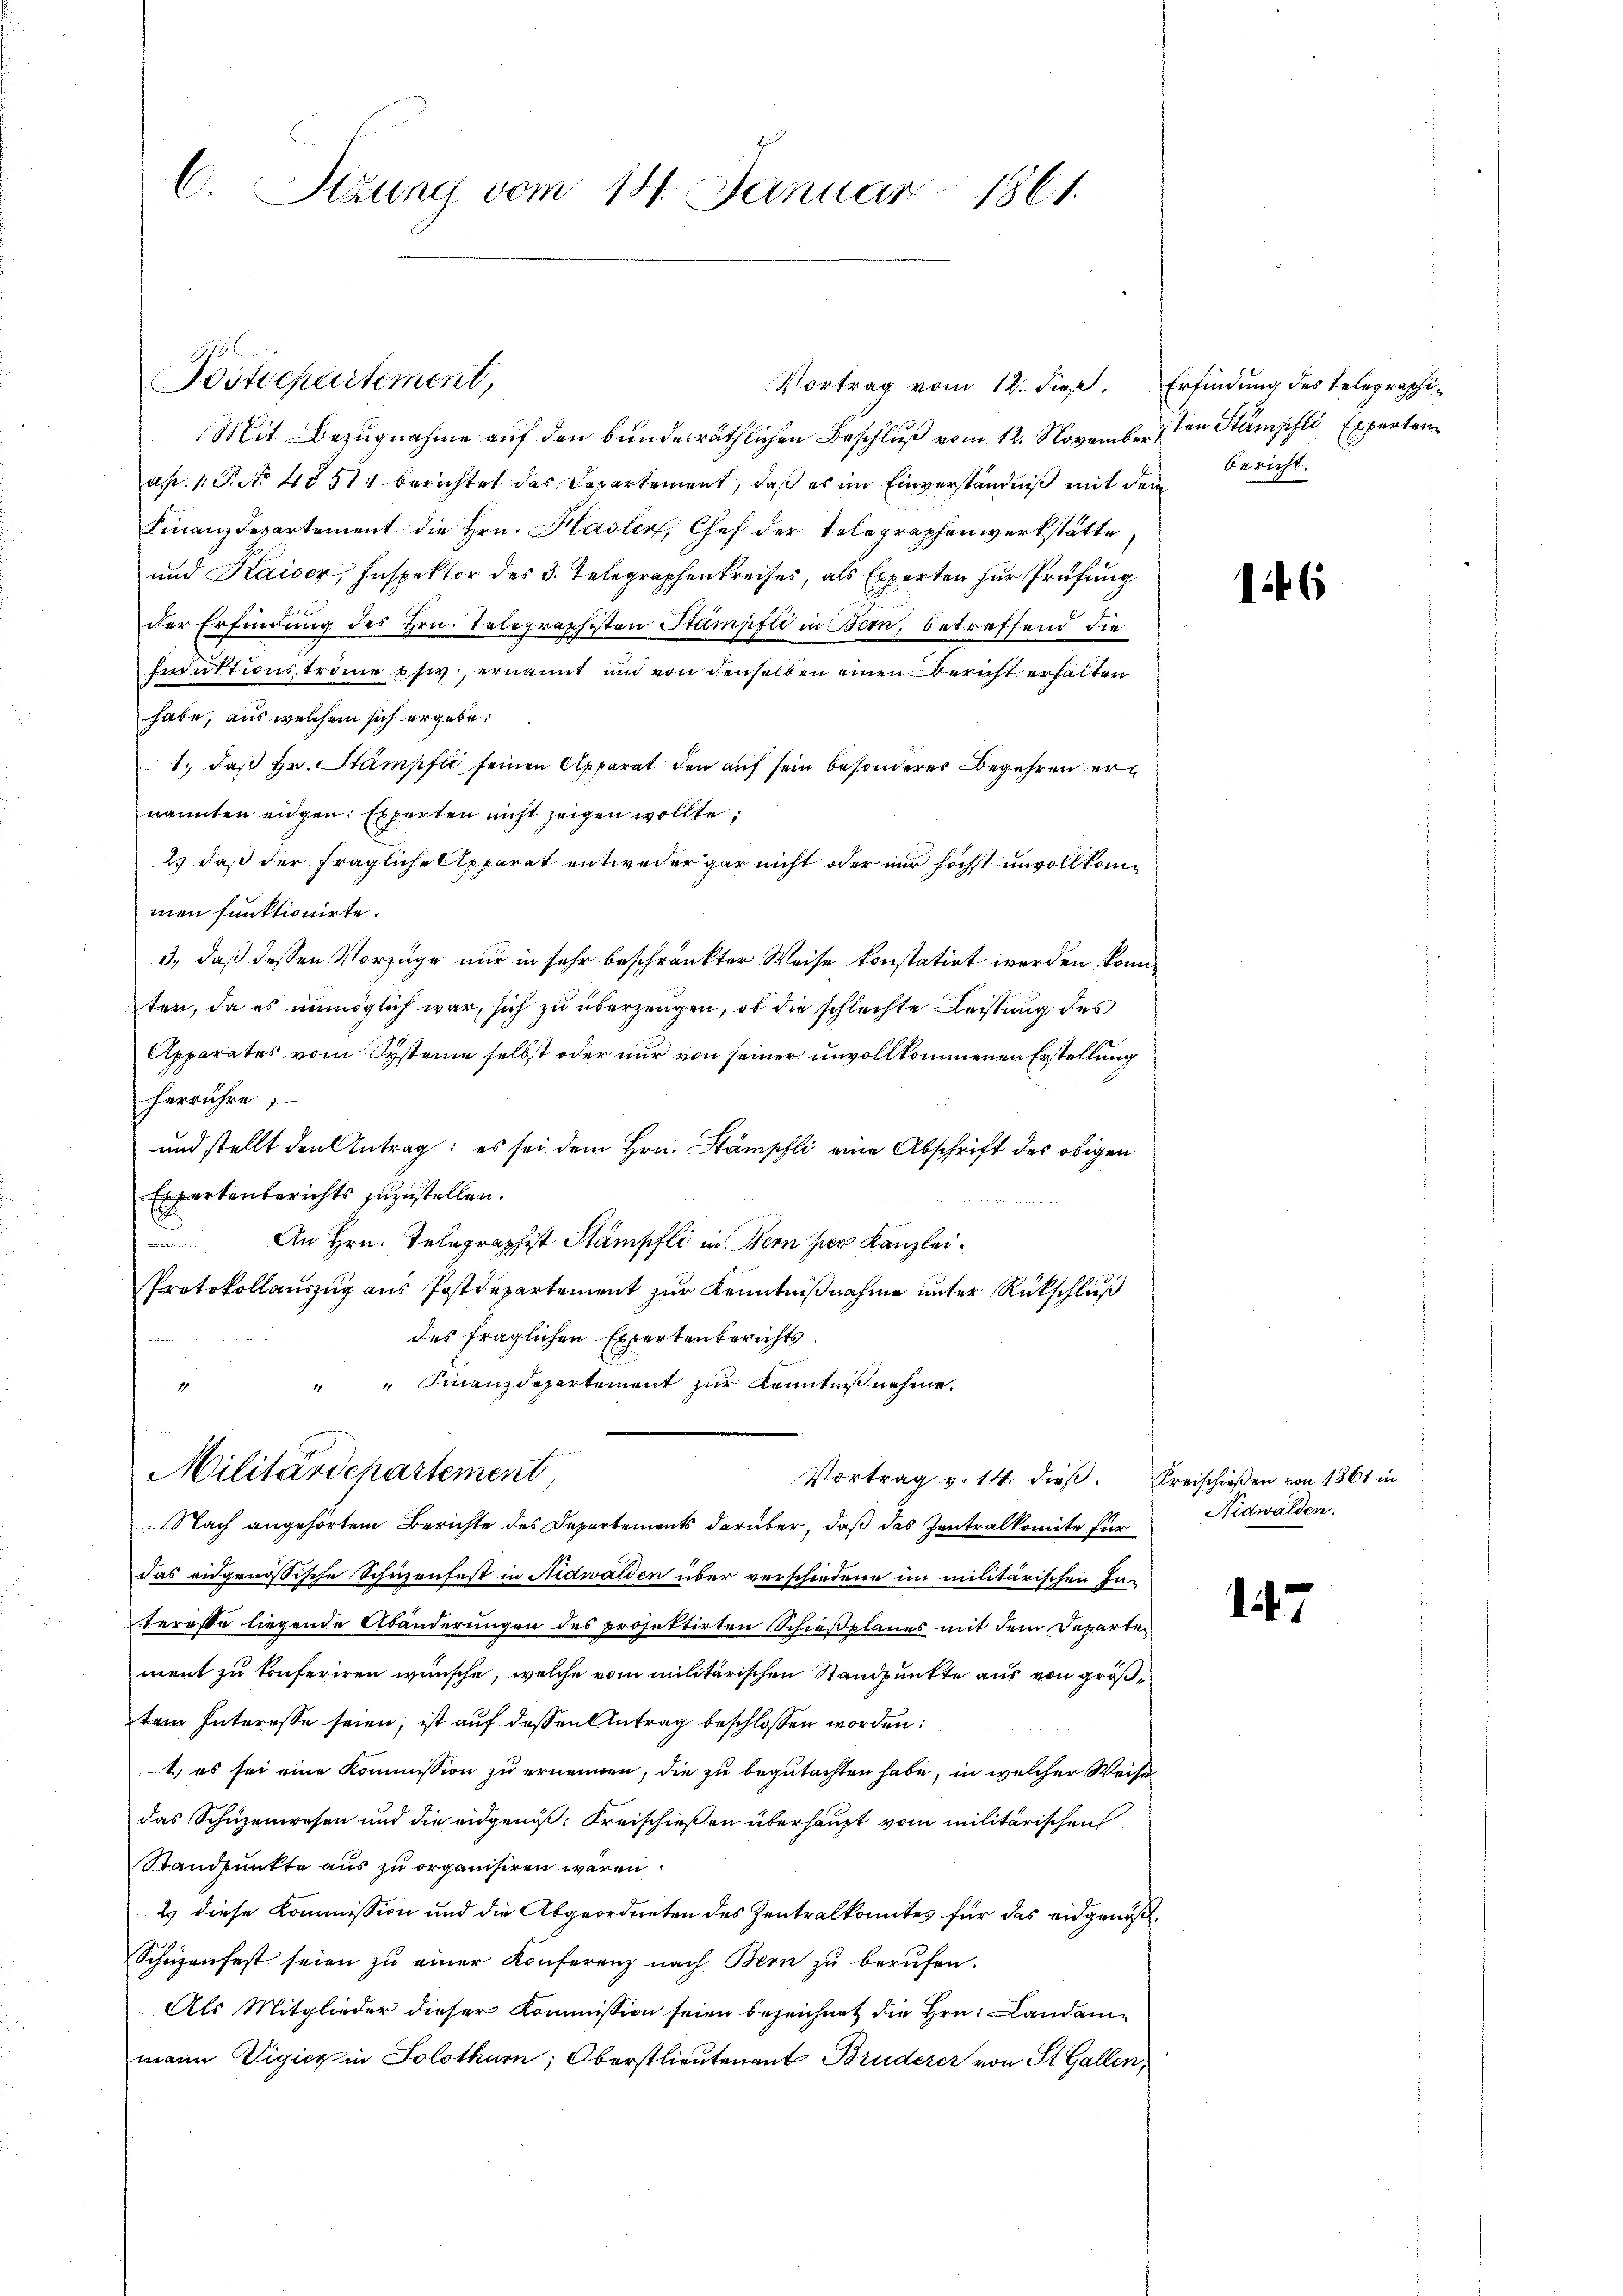
C. Sizung vom 14. Januar 1861.

Vortrag vom 12. dieß. Erfindung des Telegraphi¬
Mit Bezugnahme auf den bundesräthlichen Beschluß vom 12. November den Stämpfli, Experten
ap. 1. P. No 4851 berichtet das Departement, daß es im Einverständniß mit dem
Finanzdepartement die Hrn. Hasler, Chef der Telegraphenwerkstätte,
und Kaiser, Inspektor des 3. Telegraphenkreises, als Experten zur Prüfung
der Erfindung des Hrn. Telegraphisten Stampfli in Bern, betreffend die
Eiuktionsströme usw., ernannt und von denselben einen Bericht erhalten
habe, aus welchem sich ergebe:
1.) daß Hr. Stampfli seinen Apparat den auf sein besonderes Begehren ernannten eidgen: Experten nicht zeigen wollte;
2) daß der fragliche Apparat entweder gar nicht oder nur höchst unvollkommen funktionirte.
3., daß dessen Vorzüge nur in sehr beschränkter Weise konstatirt werden könnten, da es unmöglich war, sich zu überzeugen, ob die schlechte Leistung des
Apparates vom Systeme selbst oder nur von seiner unvollkommenen Erstellung
herrühre;
und stellt den Antrag: es sei dem Hrn. Stämpfli eine Abschrift des obigen
Exportenberichts zuzustellen.
u
An Hrn. Telegraphist Stämpfli in Bern per Kanzlei.
Protokollauszug aus Postdepartement zur Kenntnißnahme unter Rückschluß
des fraglichen Expertenberichts.
" " Finanzdepartement zŭr Kenntnißnahme.
1

Postdepartement,

Militärdchartement
Nach angehörtem Berichte des Departements darüber, daß das Zentralkomite für

Vortrag v. 14. dieβ. Kreischieβen von 1861 in

das eidgenössische Schuzenfest in Nidwalden über verschiedene im militärischen In-
teresse liegende Abänderungen des projektirten Schießplanes mit dem Departen
ment zu konferiren wünsche, welche vom militärischen Standpunkte aus von größtem Interesse seien, ist auf dessen Antrag beschlossen worden:
1) es sei eine Kommission zu ernennen, die zu begutachten habe, in welcher Weise
das Schüzenwesen und die eidgenöß: Kreischießen überhaupt vom militärischen
Standpunkte aus zu organisiren wären.
2) diese Kommission und die Abgeordneten des Zentralkomites für das eidgenöß¬
Schüzenfest seien zu einer Konferenz nach Bern zu berufen.
Als Mitglieder dieser Kommission seien bezeichnet die Hrn. Landammann Vigier in Solothurn, Oberstlieutenant Bruderer von St. Gallen,

bericht.

146

Nidwalden.

147